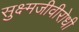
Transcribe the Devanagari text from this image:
सुक्ष्मजीवीरोधी